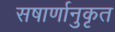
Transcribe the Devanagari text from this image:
सषार्णानुकृत